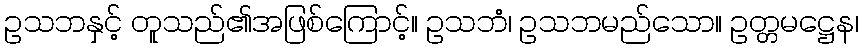
ဥသဘနှင့် တူသည်၏အဖြစ်ကြောင့်။ ဥသဘံ၊ ဥသဘမည်သော။ ဥတ္တမဋ္ဌေန၊